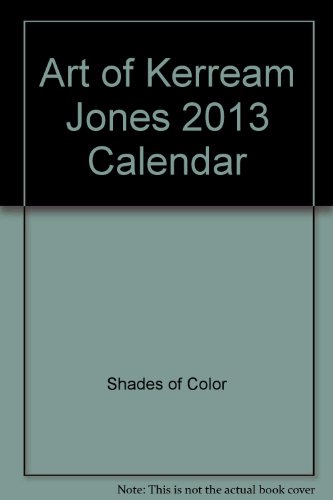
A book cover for Art of Kerream Jones 2013 Calendar; Shades of Color; Calendars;